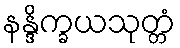
နန္ဒိက္ခယသုတ္တံ